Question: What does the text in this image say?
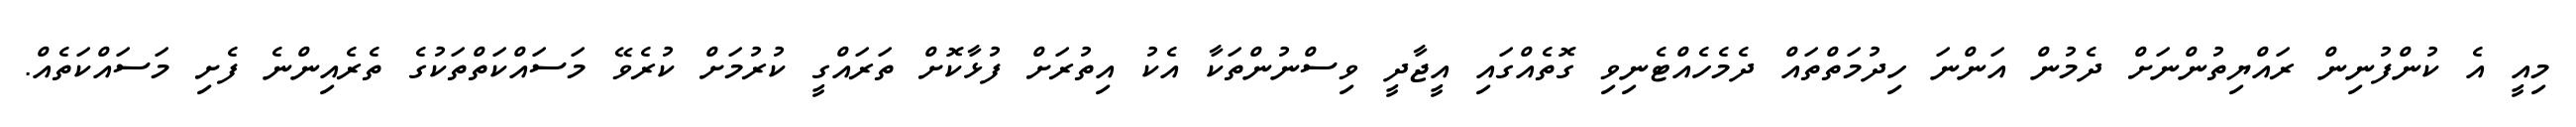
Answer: މިއީ އެ ކުންފުނިން ރައްޔިތުންނަށް ދެމުން އަންނަ ހިދުމަތްތައް ދެމެހެއްޓެނިވި ގޮތެއްގައި އީޖާދީ ވިސްނުންތަކާ އެކު އިތުރަށް ފުޅާކޮށް ތަރައްގީ ކުރުމަށް ކުރެވޭ މަސައްކަތްތަކުގެ ތެރެއިންނެ ފެށި މަސައްކަތެއް.